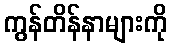
ကွန်တိန်နာများကို